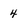
Character: 4